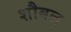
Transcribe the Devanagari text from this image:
शौबल